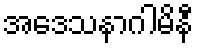
အဒေသနာဂါမိနီ